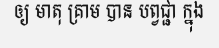
ឲ្យ មាតុ គ្រាម បាន បព្វជ្ជា ក្នុង